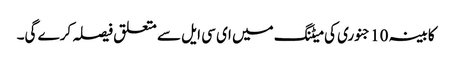
کابینہ 10 جنوری کی میٹنگ میں ای سی ایل سے متعلق فیصلہ کرے گی۔